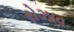
રોઝાવ